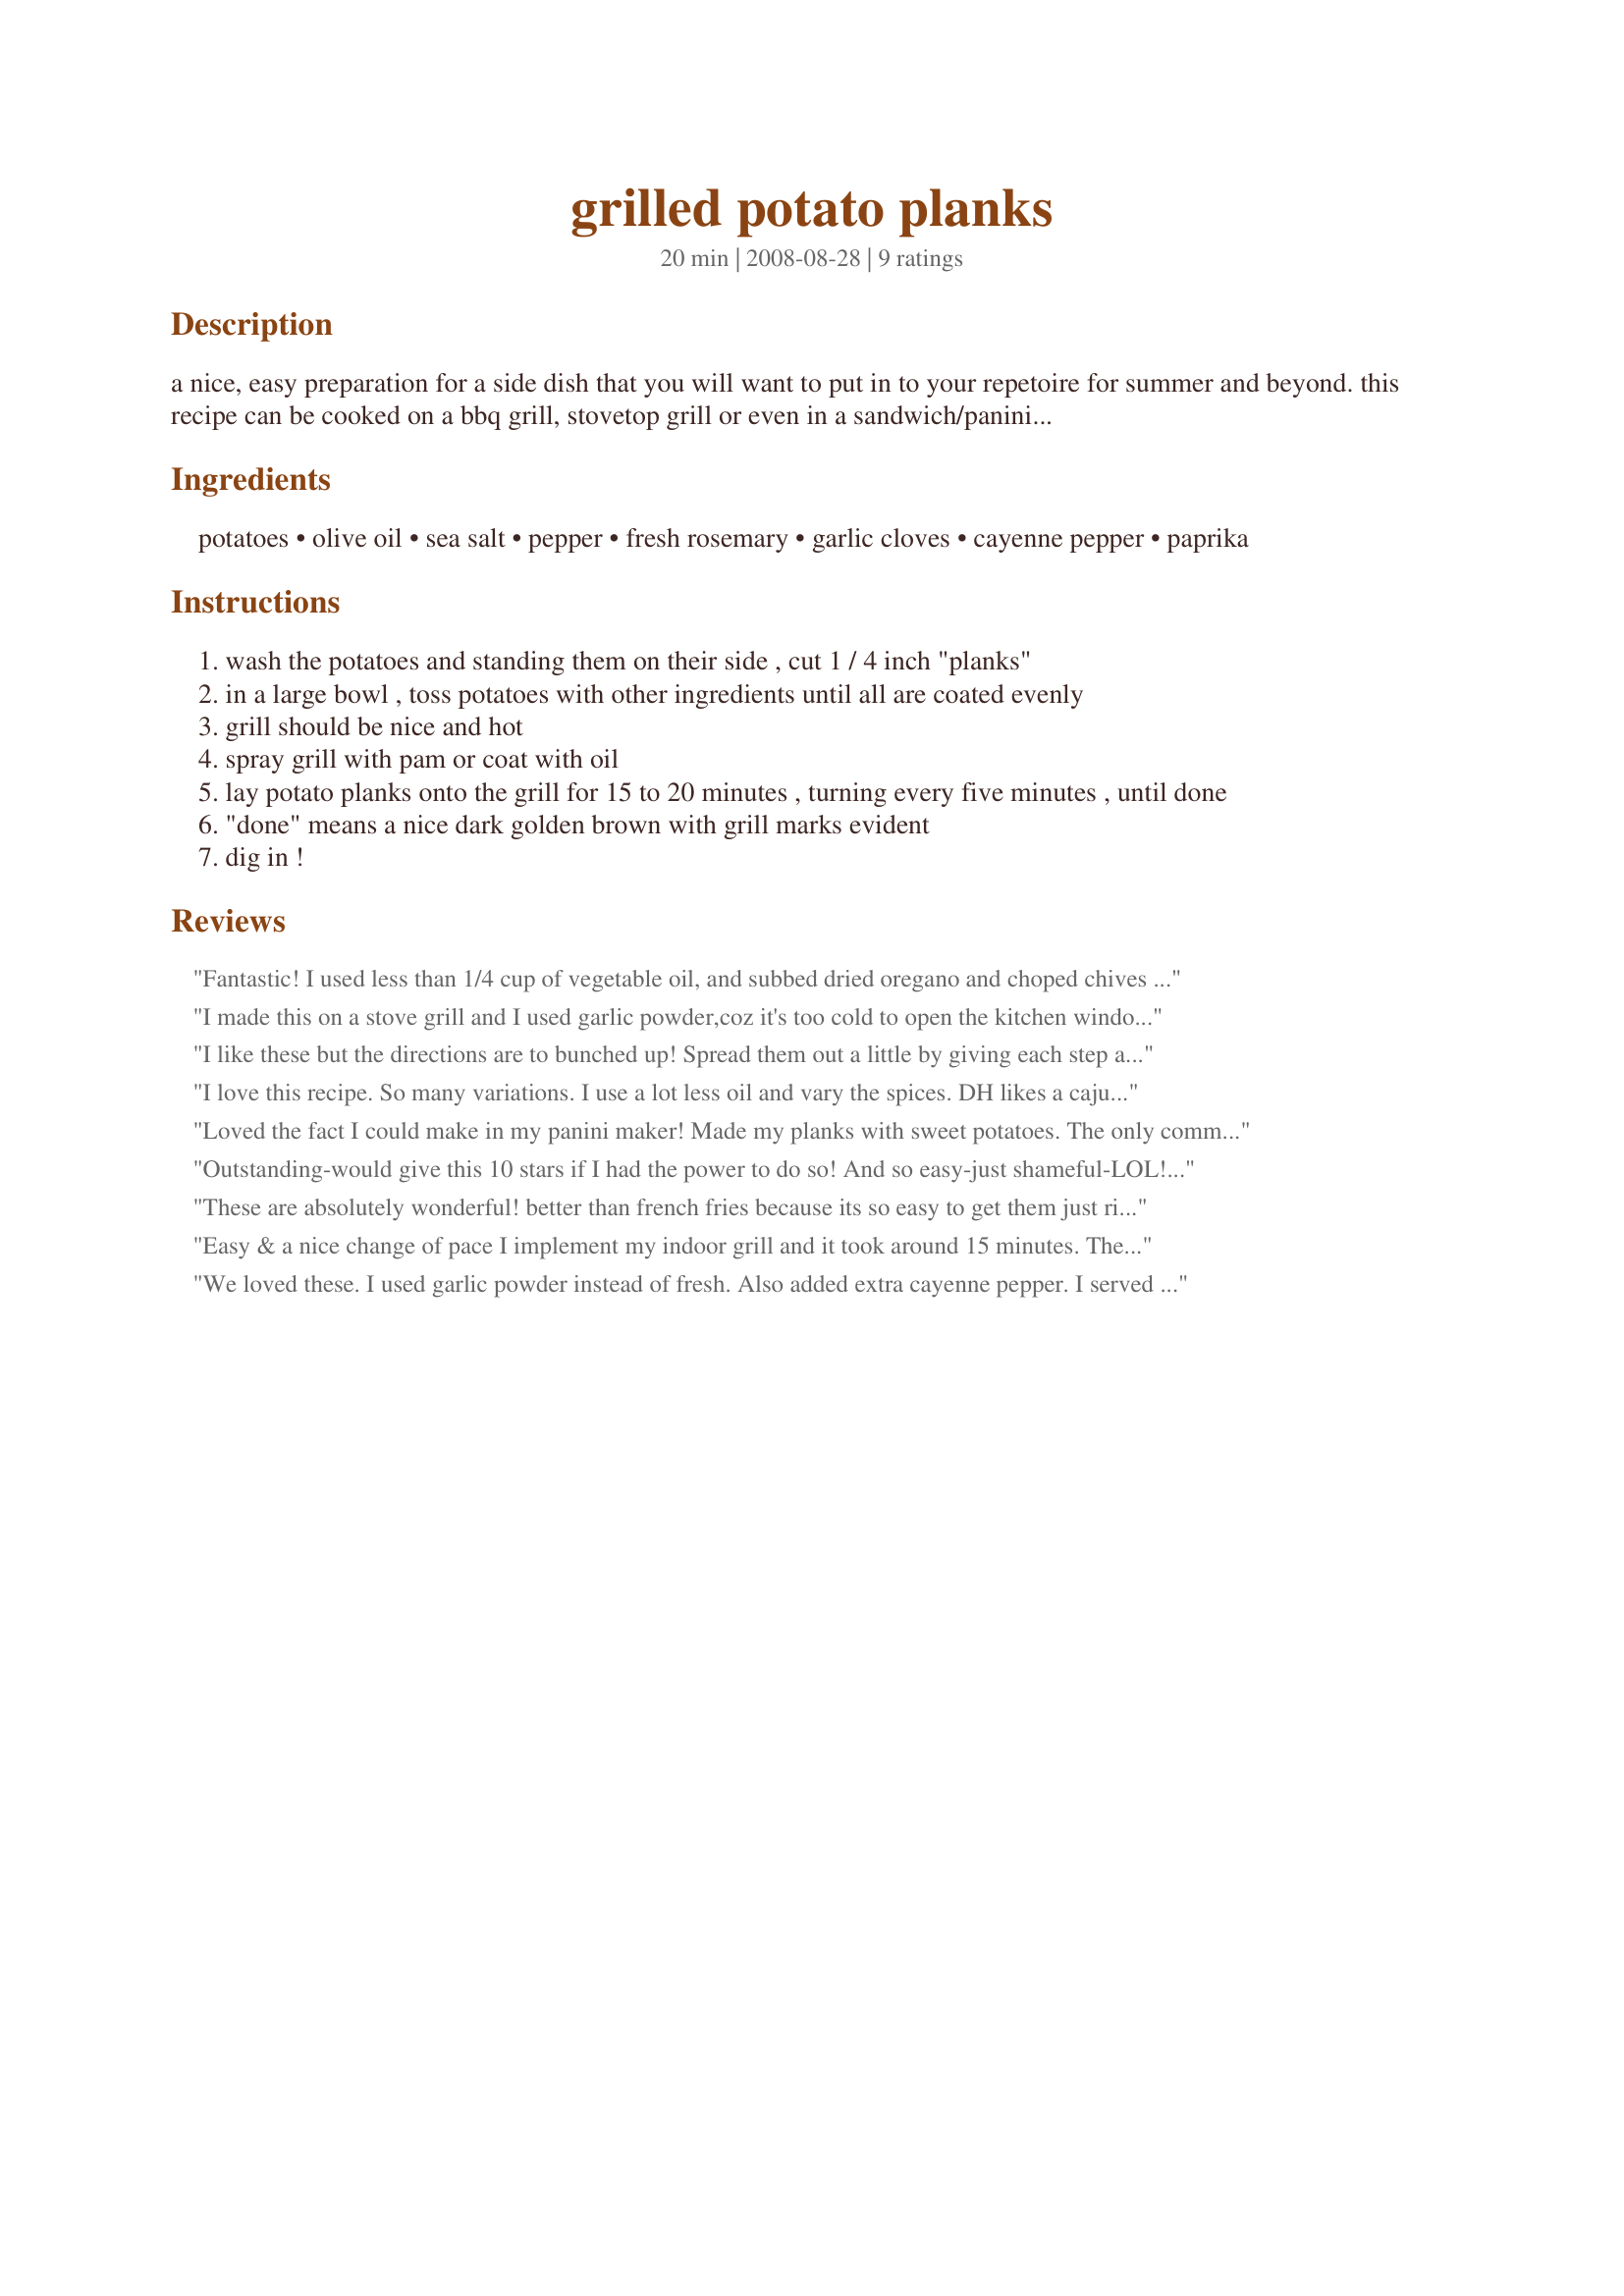
grilled potato planks
Preparation time: 20 minutes

a nice, easy preparation for a side dish that you will want to put in to your repetoire for summer and beyond. this recipe can be cooked on a bbq grill, stovetop grill or even in a sandwich/panini maker. adjust herbs and spices to fit your taste or menu. i'm thinking cajun would be darned good. experiment with different types of potatoes, too.

Ingredients:
potatoes, olive oil, sea salt, pepper, fresh rosemary, garlic cloves, cayenne pepper, paprika

Steps:
wash the potatoes and standing them on their side , cut 1 / 4 inch "planks"
in a large bowl , toss potatoes with other ingredients until all are coated evenly
grill should be nice and hot
spray grill with pam or coat with oil
lay potato planks onto the grill for 15 to 20 minutes , turning every five minutes , until done
"done" means a nice dark golden brown with grill marks evident
dig in !

Reviews:
Fantastic! I used less than 1/4 cup of vegetable oil, and subbed dried oregano and choped chives for the rosemary and garlic. Cooked on the grill and they were so so good. The whole family enjoyed them. Thanks for posting! We will definitely make these again.
I made this on a stove grill and I used garlic powder,coz it's too cold to open the kitchen window. We used to make this in the summer too for BBQ,but without the spices,didn't think that I could make them home as well.Thanks for sharing.
I like these but the directions are to bunched up!
Spread them out a little by giving each step a new line.

I will not star rate these now so as not to bring down you overall rating on this recipe.
I love this recipe. So many variations. I use a lot less oil and vary the spices. DH likes a cajun mix. I usually will cook these in the microwave for 5 minutes or so and then toss on the grill while my other food is finishing and serve with light sour cream with green onions. Great, easy recipe.
Loved the fact I could make in my panini maker! Made my planks with sweet potatoes. The only comment is if using a panini maker besure your planks are of equal thickness!
Outstanding-would give this 10 stars if I had the power to do so! And so easy-just shameful-LOL! This is one of the best recipes I have reviewed this year and will go into my Top Favorites of 2009 cookbook. I made ours in our large Foreman indoor grill. Used 3 small reds and 1 medium red and left skins on-DH and I are big eaters! I made as posted but next time would use 1/4 cup of oil and no more that 1 1/2 teaspoons of salt but that is all a matter of personal preference and depends upon how you grill it. My Foreman has a slant to it so all the oil pours into the separate tray and as it was I did not use the entire oil amount listed here and I blotted the potatoes with paper toweling- I have a "thing" about oil. We served ours with steak and salad. Thank you for sharing DeSouter. Made for I Recommend due to Marra Mamba's review.
These are absolutely wonderful! better than french fries because its so easy to get them just right in the panini press. Love it. I used yukon gold potats
Easy & a nice change of pace I implement my indoor grill and it took around 15 minutes. The spice mix is perfect. Thank you for sharing the recipe!
We loved these. I used garlic powder instead of fresh. Also added extra cayenne pepper. I served them with grilled steak and grilled squash. We will be making these often. Thanks for posting your recipe!
